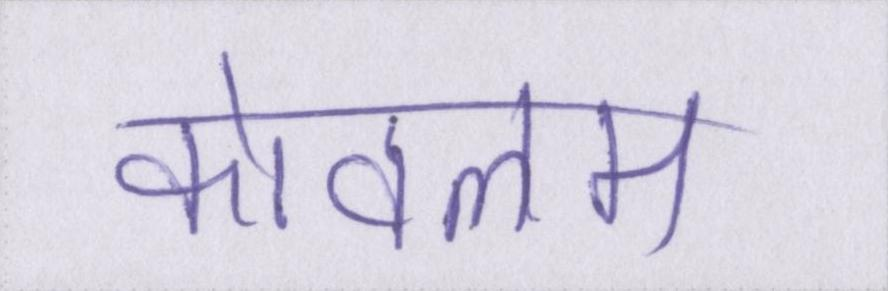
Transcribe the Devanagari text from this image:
कोवलम